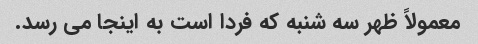
معمولاً ظهر سه شنبه که فردا است به اینجا می رسد.